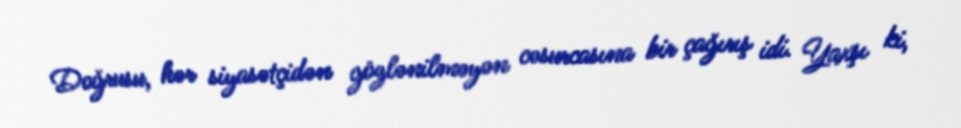
Doğrusu, hər siyasətçidən gözlənilməyən cəsurcasına bir çağırış idi. Yaxşı ki,